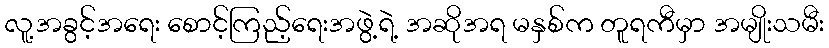
လူ့အခွင့်အရေး စောင့်ကြည့်ရေးအဖွဲ့ရဲ့ အဆိုအရ မနှစ်က တူရကီမှာ အမျိုးသမီး